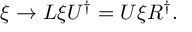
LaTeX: \xi \rightarrow L \xi U ^ { \dagger } = U \xi R ^ { \dagger } .